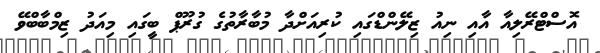
އޮސްޓްރޭލިއާ އާއި ނިއު ޒިލޭންޑްގައި ކުރިއަށްދާ މުބާރާތުގެ ގުރޫޕް ބީގައި މިއަދު ޒިމްބާބްވޭ